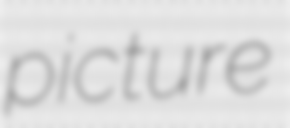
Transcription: picture